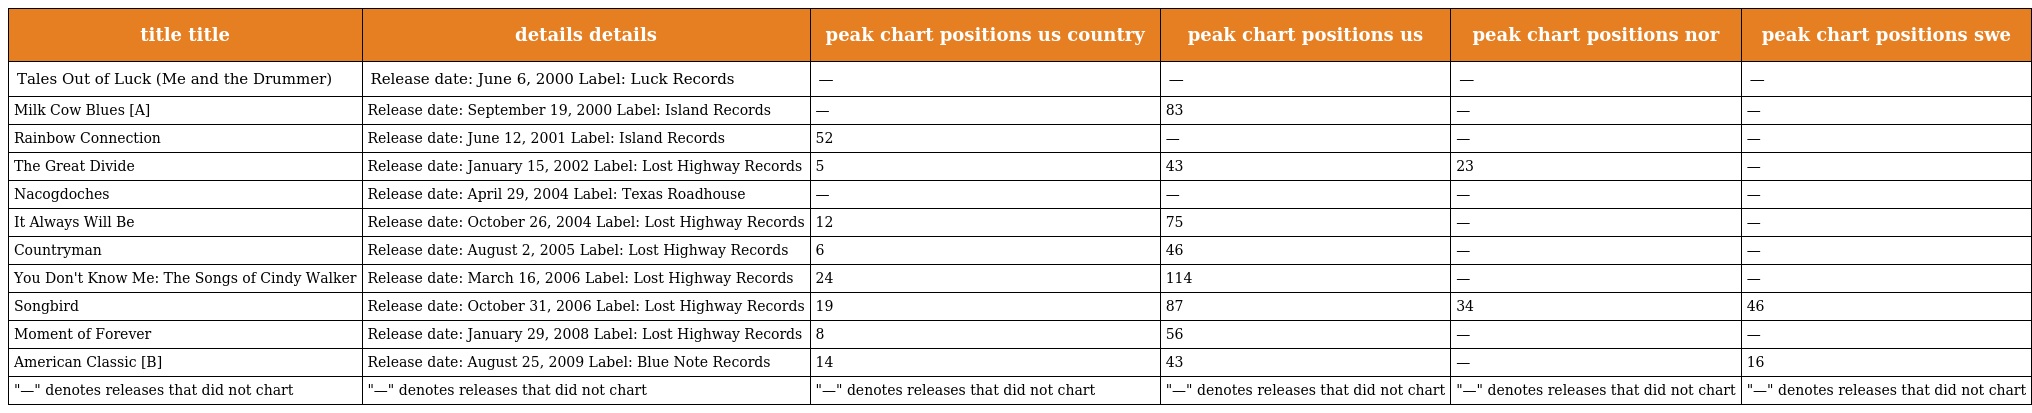
| title title | details details | peak chart positions us country | peak chart positions us | peak chart positions nor | peak chart positions swe |
 | --- | --- | --- | --- | --- | --- |
 | Tales Out of Luck (Me and the Drummer) | Release date: June 6, 2000 Label: Luck Records | — | — | — | — |
 | Milk Cow Blues [A] | Release date: September 19, 2000 Label: Island Records | — | 83 | — | — |
 | Rainbow Connection | Release date: June 12, 2001 Label: Island Records | 52 | — | — | — |
 | The Great Divide | Release date: January 15, 2002 Label: Lost Highway Records | 5 | 43 | 23 | — |
 | Nacogdoches | Release date: April 29, 2004 Label: Texas Roadhouse | — | — | — | — |
 | It Always Will Be | Release date: October 26, 2004 Label: Lost Highway Records | 12 | 75 | — | — |
 | Countryman | Release date: August 2, 2005 Label: Lost Highway Records | 6 | 46 | — | — |
 | You Don't Know Me: The Songs of Cindy Walker | Release date: March 16, 2006 Label: Lost Highway Records | 24 | 114 | — | — |
 | Songbird | Release date: October 31, 2006 Label: Lost Highway Records | 19 | 87 | 34 | 46 |
 | Moment of Forever | Release date: January 29, 2008 Label: Lost Highway Records | 8 | 56 | — | — |
 | American Classic [B] | Release date: August 25, 2009 Label: Blue Note Records | 14 | 43 | — | 16 |
 | "—" denotes releases that did not chart | "—" denotes releases that did not chart | "—" denotes releases that did not chart | "—" denotes releases that did not chart | "—" denotes releases that did not chart | "—" denotes releases that did not chart |